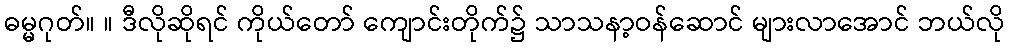
ဓမ္မဂုတ်။ ။ ဒီလိုဆိုရင် ကိုယ်တော် ကျောင်းတိုက်၌ သာသနာ့ဝန်ဆောင် များလာအောင် ဘယ်လို